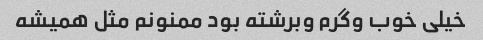
خیلى خوب وگرم وبرشته بود ممنونم مثل همیشه